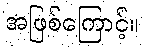
အဖြစ်ကြောင့်။